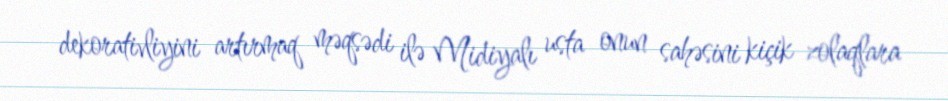
dekorativliyini artırmaq məqsədi ilə Midiyalı usta onun sahəsini kiçik zolaqlara